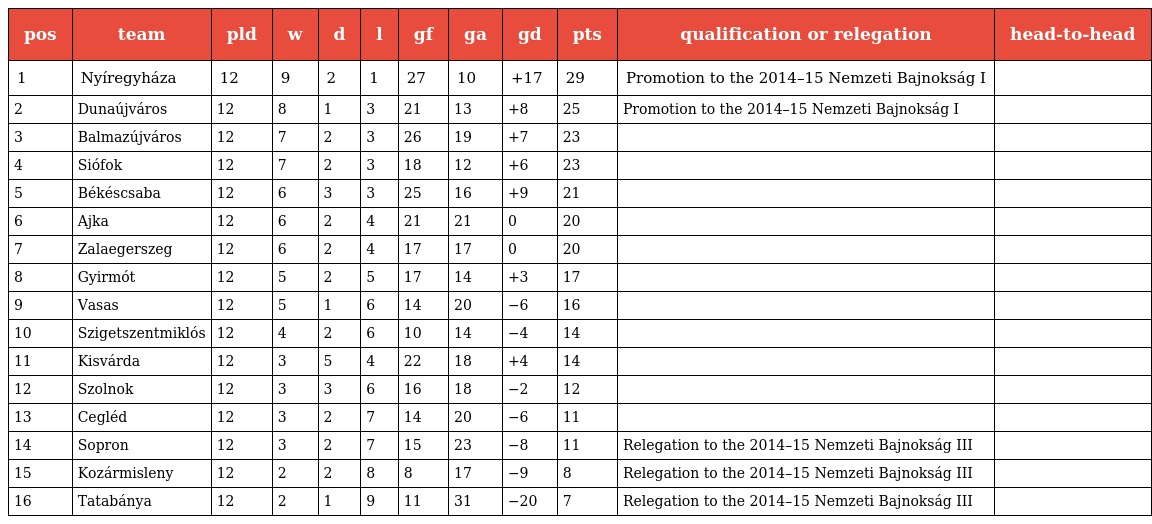
| pos | team | pld | w | d | l | gf | ga | gd | pts | qualification or relegation | head-to-head |
 | --- | --- | --- | --- | --- | --- | --- | --- | --- | --- | --- | --- |
 | 1 | Nyíregyháza | 12 | 9 | 2 | 1 | 27 | 10 | +17 | 29 | Promotion to the 2014–15 Nemzeti Bajnokság I |  |
 | 2 | Dunaújváros | 12 | 8 | 1 | 3 | 21 | 13 | +8 | 25 | Promotion to the 2014–15 Nemzeti Bajnokság I |  |
 | 3 | Balmazújváros | 12 | 7 | 2 | 3 | 26 | 19 | +7 | 23 |  |  |
 | 4 | Siófok | 12 | 7 | 2 | 3 | 18 | 12 | +6 | 23 |  |  |
 | 5 | Békéscsaba | 12 | 6 | 3 | 3 | 25 | 16 | +9 | 21 |  |  |
 | 6 | Ajka | 12 | 6 | 2 | 4 | 21 | 21 | 0 | 20 |  |  |
 | 7 | Zalaegerszeg | 12 | 6 | 2 | 4 | 17 | 17 | 0 | 20 |  |  |
 | 8 | Gyirmót | 12 | 5 | 2 | 5 | 17 | 14 | +3 | 17 |  |  |
 | 9 | Vasas | 12 | 5 | 1 | 6 | 14 | 20 | −6 | 16 |  |  |
 | 10 | Szigetszentmiklós | 12 | 4 | 2 | 6 | 10 | 14 | −4 | 14 |  |  |
 | 11 | Kisvárda | 12 | 3 | 5 | 4 | 22 | 18 | +4 | 14 |  |  |
 | 12 | Szolnok | 12 | 3 | 3 | 6 | 16 | 18 | −2 | 12 |  |  |
 | 13 | Cegléd | 12 | 3 | 2 | 7 | 14 | 20 | −6 | 11 |  |  |
 | 14 | Sopron | 12 | 3 | 2 | 7 | 15 | 23 | −8 | 11 | Relegation to the 2014–15 Nemzeti Bajnokság III |  |
 | 15 | Kozármisleny | 12 | 2 | 2 | 8 | 8 | 17 | −9 | 8 | Relegation to the 2014–15 Nemzeti Bajnokság III |  |
 | 16 | Tatabánya | 12 | 2 | 1 | 9 | 11 | 31 | −20 | 7 | Relegation to the 2014–15 Nemzeti Bajnokság III |  |